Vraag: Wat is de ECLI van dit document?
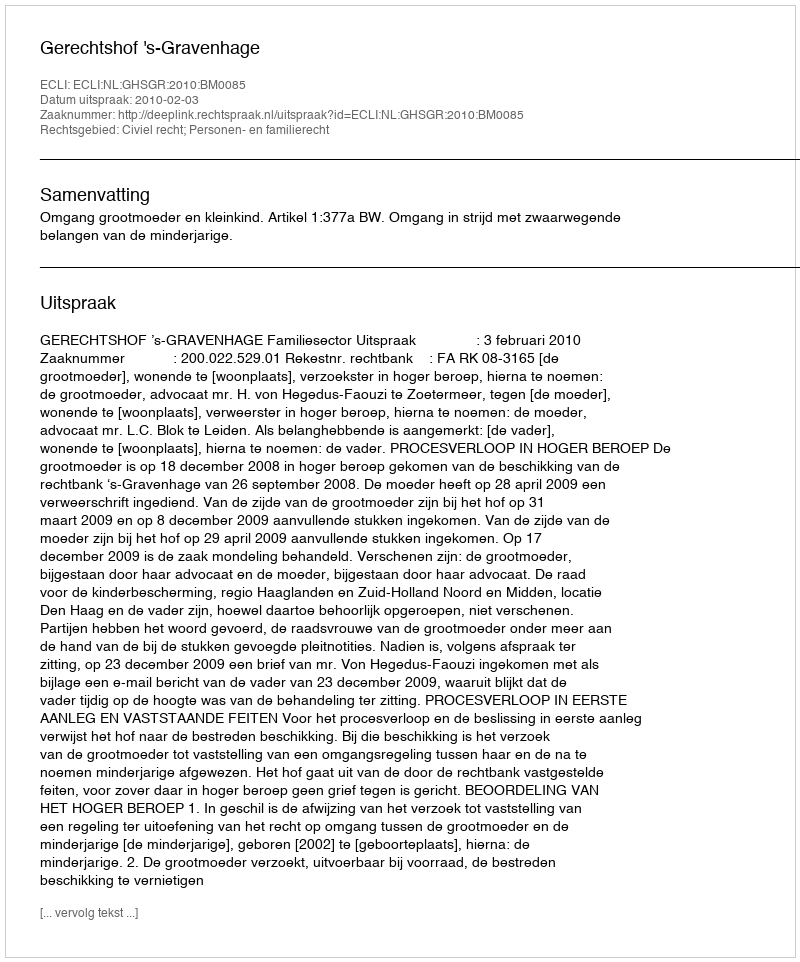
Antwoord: ECLI:NL:GHSGR:2010:BM0085